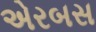
એરબસ